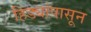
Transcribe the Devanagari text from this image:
हिड्यांपासून